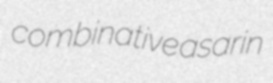
combinative asarin